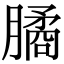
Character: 𦠈